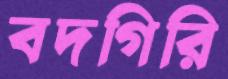
বদগিরি